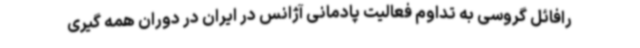
رافائل گروسی به تداوم فعالیت پادمانی آژانس در ایران در دوران همه گیری